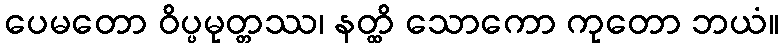
ပေမတော ဝိပ္ပမုတ္တဿ၊ နတ္ထိ သောကော ကုတော ဘယံ။